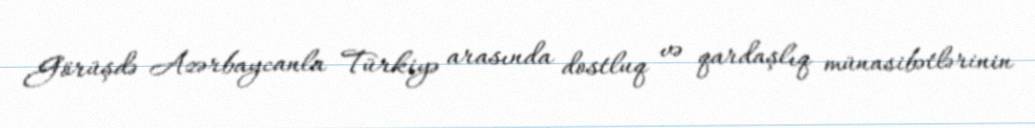
Görüşdə Azərbaycanla Türkiyə arasında dostluq və qardaşlıq münasibətlərinin